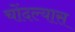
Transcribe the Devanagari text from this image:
चोंदल्यास